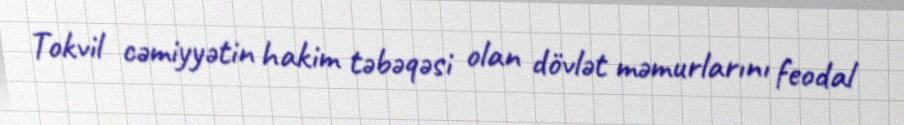
Tokvil cəmiyyətin hakim təbəqəsi olan dövlət məmurlarını feodal